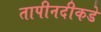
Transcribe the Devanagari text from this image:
तापीनदीकडे